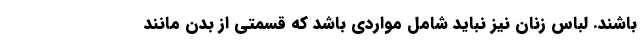
باشند. لباس زنان نیز نباید شامل مواردی باشد که قسمتی از بدن مانند